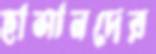
হাসানদের